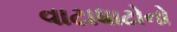
વાટાધાટોનો